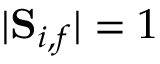
| { \bf S } _ { i , f } | = 1